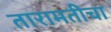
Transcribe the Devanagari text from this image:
तारामतीचा